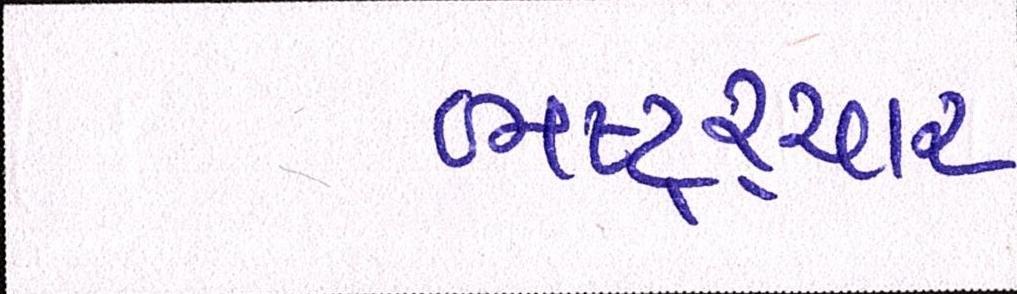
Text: ભષ્ટ્ર્ચાર